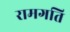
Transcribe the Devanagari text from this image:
रामगति